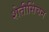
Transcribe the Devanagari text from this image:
शेतीसिंचन